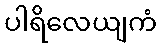
ပါရိလေယျကံ